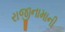
રાજીનામાની